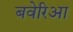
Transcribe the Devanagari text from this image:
बवेरिआ